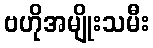
ဗဟိုအမျိုးသမီး